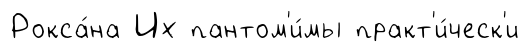
Рокса́на Их пантом'и́мы практ'и́ческ'и